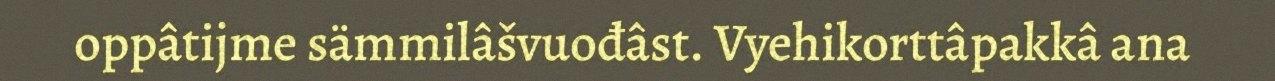
oppâtijme sämmilâšvuođâst. Vyehikorttâpakkâ ana